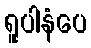
ရူပါနံပေ